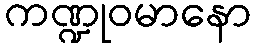
ကဏ္ဍုဝမာနော